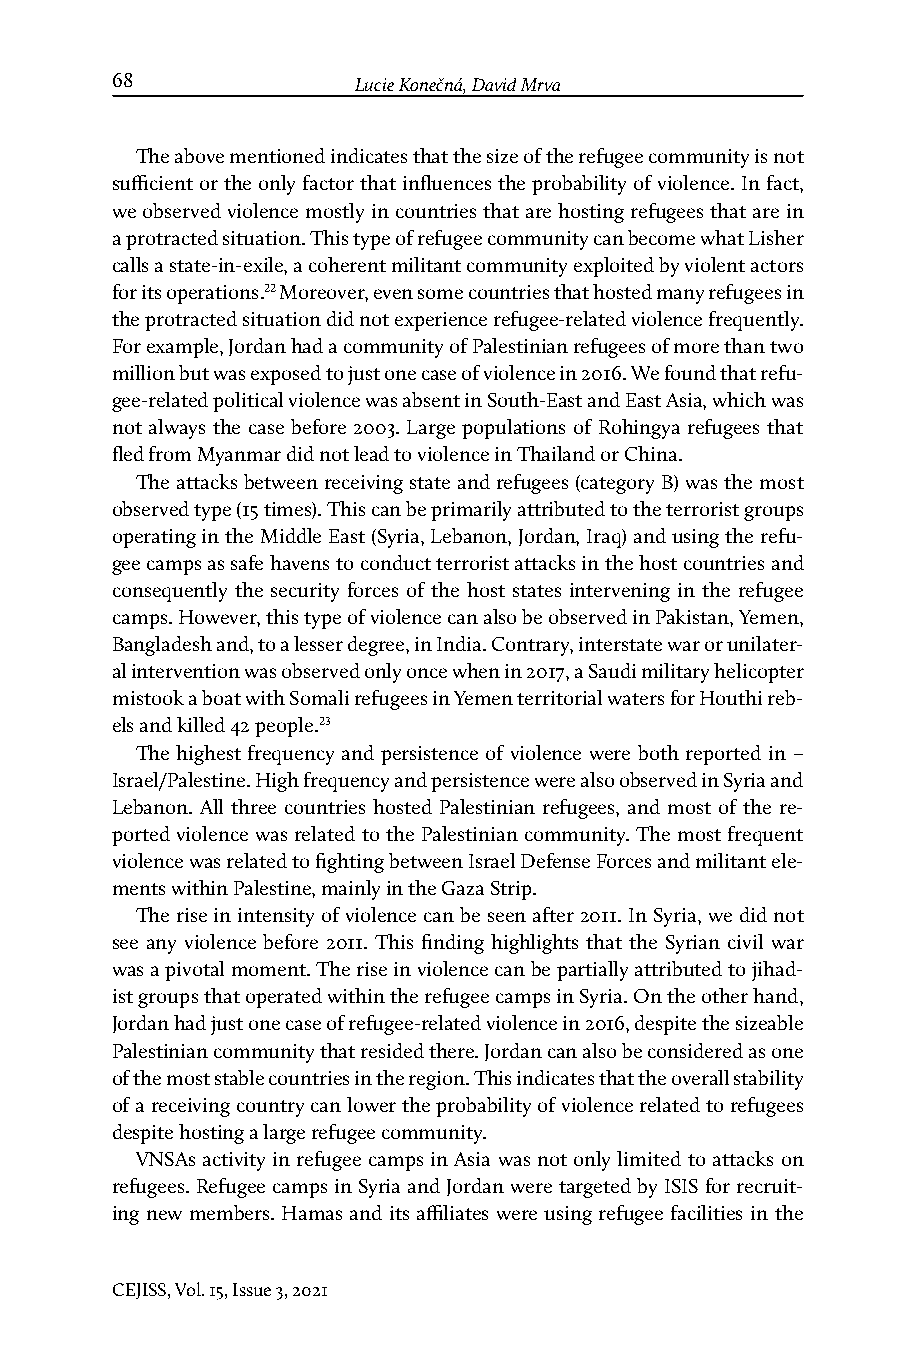
68              Lucie Konečná, David Mrva                              Refugee-Related Political Violence in Asia and Africa
 The above mentioned indicates that the size of the refugee community is not
 sufficient or the only factor that influences the probability of violence. In fact,
 we observed violence mostly in countries that are hosting refugees that are in
 a protracted situation. This type of refugee community can become what Lisher
 calls a state-in-exile, a coherent militant community exploited by violent actors
 for its operations.22 Moreover, even some countries that hosted many refugees in
 the protracted situation did not experience refugee-related violence frequently.
 For example, Jordan had a community of Palestinian refugees of more than two
 million but was exposed to just one case of violence in 2016. We found that refu-
 gee-related political violence was absent in South-East and East Asia, which was
 not always the case before 2003. Large populations of Rohingya refugees that
 fled from Myanmar did not lead to violence in Thailand or China.
 The attacks between receiving state and refugees (category B) was the most
 observed type (15 times). This can be primarily attributed to the terrorist groups
 operating in the Middle East (Syria, Lebanon, Jordan, Iraq) and using the refu-
 gee camps as safe havens to conduct terrorist attacks in the host countries and
 consequently the security forces of the host states intervening in the refugee
 camps. However, this type of violence can also be observed in Pakistan, Yemen,
 Bangladesh and, to a lesser degree, in India. Contrary, interstate war or unilater-
 al intervention was observed only once when in 2017, a Saudi military helicopter
 mistook a boat with Somali refugees in Yemen territorial waters for Houthi reb-
 els and killed 42 people.23
 The highest frequency and persistence of violence were both reported in –
 Israel/Palestine. High frequency and persistence were also observed in Syria and
 Lebanon. All three countries hosted Palestinian refugees, and most of the re-
 ported violence was related to the Palestinian community. The most frequent
 violence was related to fighting between Israel Defense Forces and militant ele-
 ments within Palestine, mainly in the Gaza Strip.
 The rise in intensity of violence can be seen after 2011. In Syria, we did not
 see any violence before 2011. This finding highlights that the Syrian civil war
 was a pivotal moment. The rise in violence can be partially attributed to jihad-
 ist groups that operated within the refugee camps in Syria. On the other hand,
 Jordan had just one case of refugee-related violence in 2016, despite the sizeable
 Palestinian community that resided there. Jordan can also be considered as one
 of the most stable countries in the region. This indicates that the overall stability
 of a receiving country can lower the probability of violence related to refugees
 despite hosting a large refugee community.
 VNSAs activity in refugee camps in Asia was not only limited to attacks on
 refugees. Refugee camps in Syria and Jordan were targeted by ISIS for recruit-
 ing new members. Hamas and its affiliates were using refugee facilities in the
 CEJISS, Vol. 15, Issue 3, 2021